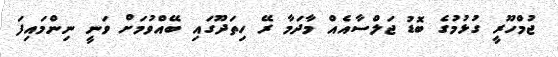
ޖުމްހޫރީ ގުޅުމުގެ ބޮޑު ޖަލްސާއެއް މާދަމާ ރޭ ހިތަދޫގައި ބޭއްވުމަށް ވަނީ ނިންމައިފަ